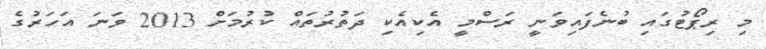
މި ރިޕޯޓުގައި ބުނެފައިވަނީ ރަސްމީ އެކިއެކި ދަތުރުތައް ކުރުމަށް 2013 ވަނަ އަހަރުގެ